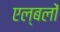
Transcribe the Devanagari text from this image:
एल्बलों